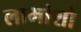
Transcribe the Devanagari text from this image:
लाभांशो